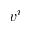
v ^ { i }